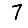
Digit: 7